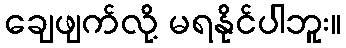
ချေဖျက်လို့ မရနိုင်ပါဘူး။